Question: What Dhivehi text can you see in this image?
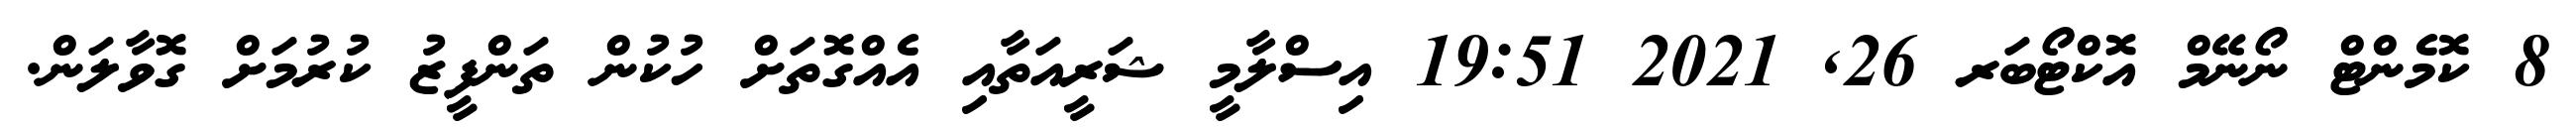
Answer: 8 ކޮމެންޓް ނޯނޭމް އޮކްޓޯބަރ 26, 2021 19:51 އިސްލާމީ ޝަރީއަތާއި އެއްގޮތަށް ހުކުން ތަންފީޒު ކުރުމަށް ގޮވާލަން.